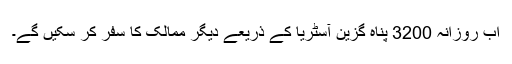
اب روزانہ 3200 پناہ گزین آسٹریا کے ذریعے دیگر ممالک کا سفر کر سکیں گے۔